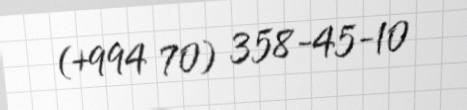
(+994 70) 358-45-10